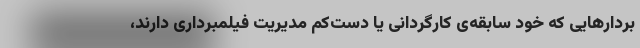
بردارهایی که خود سابقه‌ی کارگردانی یا دست‌کم مدیریت فیلمبرداری دارند،